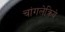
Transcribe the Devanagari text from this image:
चांगलेक्रिये